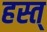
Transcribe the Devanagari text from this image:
हस्त्